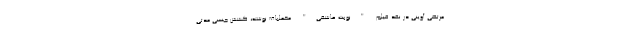
مرتضی آوینی در نقد فیلم "نوبت عاشقی" مخملباف نوشته، کشش جنسی مدتی